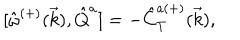
{ [ } \hat { \omega } ^ { ( + ) } ( \vec { k } ) , \hat { Q } ^ { a } ] = - \hat { C } _ { T } ^ { a ( + ) } ( \vec { k } ) ,